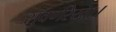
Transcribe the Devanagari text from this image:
सुवर्णरेखा।